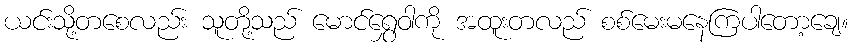
ယင်းသို့တစေလည်း သူတို့သည် မောင်ရွှေဝါကို အထူးတလည် စစ်မေးမနေကြပါတော့ချေ။